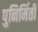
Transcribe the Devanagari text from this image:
पुनिर्मिर्ती